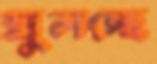
ঘুলচ্ছে